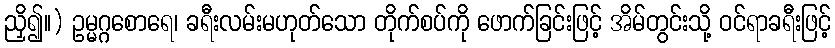
ညှိ၍။) ဥမ္မဂ္ဂစောရေ၊ ခရီးလမ်းမဟုတ်သော တိုက်စပ်ကို ဖောက်ခြင်းဖြင့် အိမ်တွင်းသို့ ဝင်ရာခရီးဖြင့်